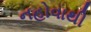
નહોવાથી